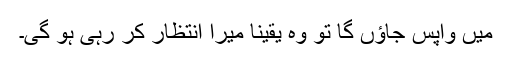
میں واپس جاؤں گا تو وہ یقیناً میرا انتظار کر رہی ہو گی۔